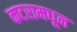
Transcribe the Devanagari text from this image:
कटरामधून